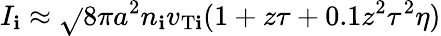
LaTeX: I_{\mathbf{i}}\approx\sqrt{}{{8\pi}}a^{2}n_{\mathbf{i}}v_{\mathrm{{T\mathbf{i}}}}(1+z\tau+0.1z^{2}\tau^{2}\eta)